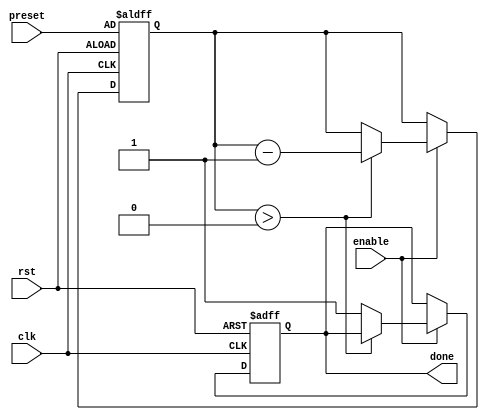
module countdown_timer (
    input wire clk,
    input wire rst,
    input wire enable,
    input wire [15:0] preset,
    output reg done
    );
    
    reg [15:0] counter;
    
    always @(posedge clk or posedge rst) begin
        if (rst) begin
            counter <= preset;
            done <= 0;
        end else begin
            if (enable) begin
                if (counter > 0) begin
                    counter <= counter - 1;
                end else begin
                    done <= 1;
                end
            end
        end
    end
    
endmodule